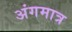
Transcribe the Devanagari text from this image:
अंगमात्र